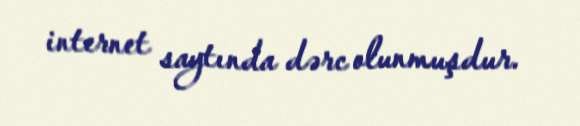
internet saytında dərc olunmuşdur.